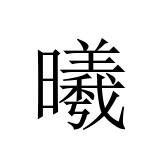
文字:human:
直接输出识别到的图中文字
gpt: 曦